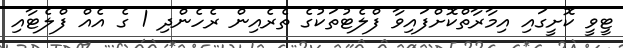
ޓީވީ ކޮށީގައި އިމާރާތްކޮށްފައިވާ ފްލެޓުތަކުގެ ތެރެއިން ރެހެންދި 1 ގެ އެއް ފްލެޓާއި